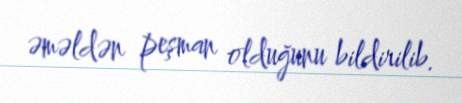
əməldən peşman olduğunu bildirilib.